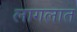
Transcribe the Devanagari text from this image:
लागलात